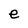
Character: e